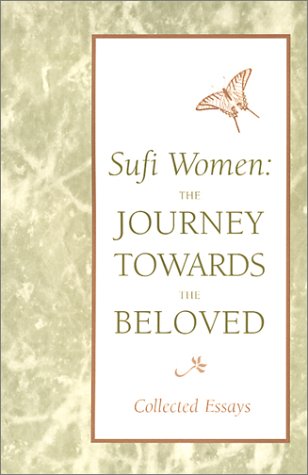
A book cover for Sufi Women: The Journey Towards the Beloved; Sufi Women Organization; Religion & Spirituality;